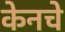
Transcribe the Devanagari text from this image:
केनचे